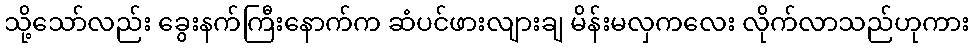
သို့သော်လည်း ခွေးနက်ကြီးနောက်က ဆံပင်ဖားလျားချ မိန်းမလှကလေး လိုက်လာသည်ဟုကား